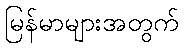
မြန်မာများအတွက်